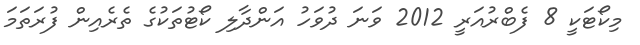
މިކޯޓަކީ 8 ފެބްރުއަރީ 2012 ވަނަ ދުވަހު އަންދާލި ކޯޓުތަކުގެ ތެރެއިން ފުރަތަމަ